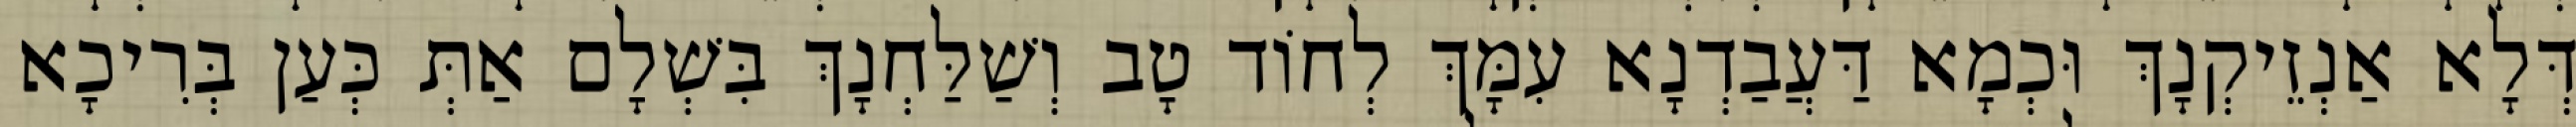
דְּלָא אַנְזֵיקְנָךְ וּכְמָא דַּעֲבַדְנָא עִמָּךְ לְחוֹד טָב וְשַׁלַּחְנָךְ בִּשְׁלָם אַתְּ כְּעַן בְּרִיכָא